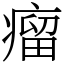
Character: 瘤